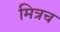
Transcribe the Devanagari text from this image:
मित्रच